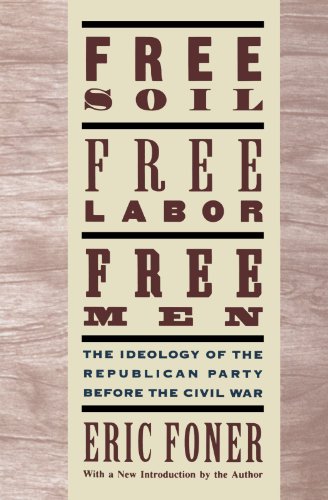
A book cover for Free Soil, Free Labor, Free Men: The Ideology of the Republican Party before the Civil War; Eric Foner; Business & Money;